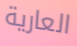
العارية